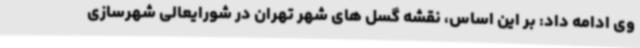
وی ادامه داد: بر این اساس، نقشه گسل های شهر تهران در شورایعالی شهرسازی